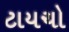
ટાયચો